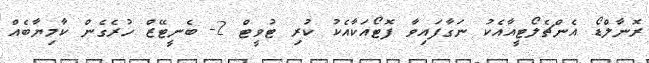
ރޮނާލްޑޯ އެންޗެލޯޓީއާއެކު ނަގާފައިވާ ފޮޓޯއަކާއެކު ކުރި ޓުވީޓް 2- ބެނީޓޭޒް ހުރެގެން ކާމިޔާބެއް